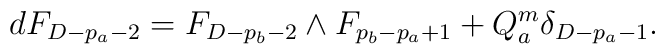
dF_{D-p_a-2}=F_{D-p_b-2} \wedge F_{p_b-p_a+1} + Q^m_a \delta_{D-p_a-1}.